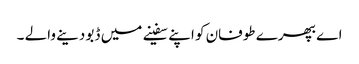
اے بھپرے طوفان کو اپنے سفینے میں ڈبو دینے والے ۔